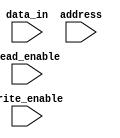
module Flash_ROM (
    input [7:0] data_in,
    input [7:0] address,
    input read_enable,
    input write_enable
);

reg [7:0] memory [0:255];

always @ (posedge read_enable or posedge write_enable) begin
    if (read_enable) begin
        // Read operation
        // Send data at specified address to data_out port
    end
    if (write_enable) begin
        // Write operation
        // Store data at specified address
    end
end

endmodule